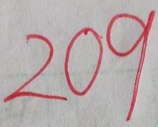
2 0 9